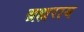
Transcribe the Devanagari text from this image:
ब्रह्यराय